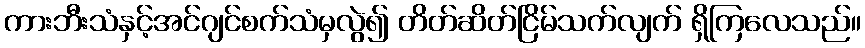
ကားဘီးသံနှင့်အင်ဂျင်စက်သံမှလွဲ၍ တိတ်ဆိတ်ငြိမ်သက်လျက် ရှိကြလေသည်။